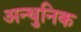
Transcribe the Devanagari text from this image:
अन्धुनिक